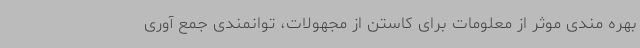
بهره مندی موثر از معلومات برای کاستن از مجهولات، توانمندی جمع آوری